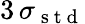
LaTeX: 3\, \sigma_{\mathrm{~s~t~d~}}